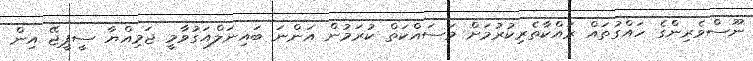
ނޫސްވެރިންގެ ހައްގުތައް ރައްކާތެރިކުރުމަށް މަސައްކަތް ކުރަމުން އަންނަ ބައިނަލްއަގުވާމީ ޖަމިއްޔާ ސީޕީޖޭ އިން